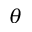
\theta